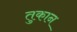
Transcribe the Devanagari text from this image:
तुकान